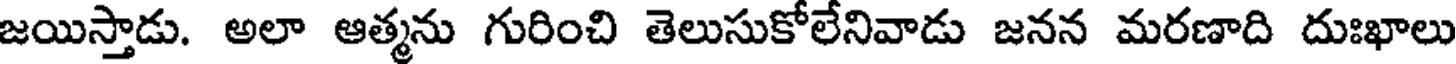
జయిస్తాడు. అలా ఆత్మను గురించి తెలుసుకోలేనివాడు జనన మరణాది దుఃఖాలు